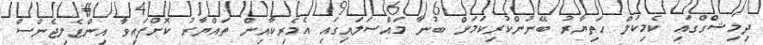
ދިމިޝްގްގައި ކެމިކަލް ހަތިޔާރު ބޭނުންކުރިކަމަށް ބުނާ މައްސަލައިގައި އެމެރިކާއިން ތައްޔާރު ކޮށްފައިވާ އިންޓެލިޖެންސް